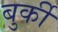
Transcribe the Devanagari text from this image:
बुर्की